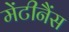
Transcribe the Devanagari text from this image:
मेंटीनैंस